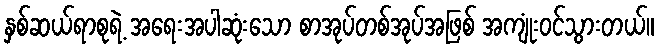
နှစ်ဆယ်ရာစုရဲ့ အရေးအပါဆုံးသော စာအုပ်တစ်အုပ်အဖြစ် အကျုံးဝင်သွားတယ်။